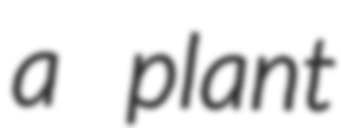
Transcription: a plant